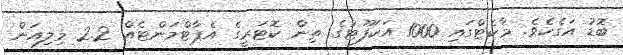
ބޮޑު އަގެކެވެ. މާކެޓްގައި 1000 އަކަފޫޓުގެ ތިން ކޮޓަރީގެ އެޕާޓްމަންޓެއް 2.2 މިލިއަން